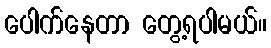
ပေါက်နေတာ တွေ့ရပါမယ်။